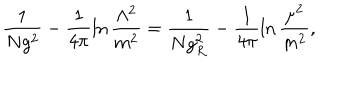
LaTeX: \frac { 1 } { N g ^ { 2 } } - \frac { 1 } { 4 \pi } \ln \frac { \Lambda ^ { 2 } } { m ^ { 2 } } = \frac { 1 } { N g _ { R } ^ { 2 } } - \frac { 1 } { 4 \pi } \ln \frac { \mu ^ { 2 } } { m ^ { 2 } } ,